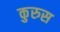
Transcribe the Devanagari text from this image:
कुरुस